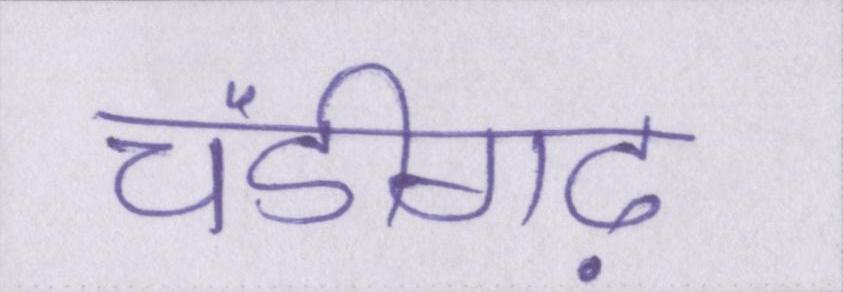
चंडीगढ़